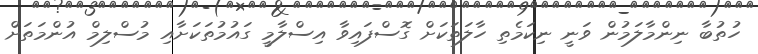
ހުތުބާ ނިންމާލަމުން ވަނީ ނިކަމެތި ހާލަތަކަށް ގޮސްފައިވާ އިސްލާމީ ގައުމުތަކަށާއި މުސްލިމް އުންމަތަށް